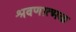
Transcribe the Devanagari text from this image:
श्रवणात्मक